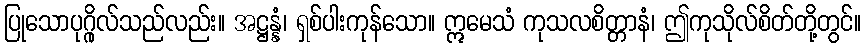
ပြုသောပုဂ္ဂိုလ်သည်လည်း။ အဋ္ဌန္နံ၊ ရှစ်ပါးကုန်သော။ ဣမေသံ ကုသလစိတ္တာနံ၊ ဤကုသိုလ်စိတ်တို့တွင်။